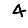
Digit: 4